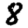
Digit: 8